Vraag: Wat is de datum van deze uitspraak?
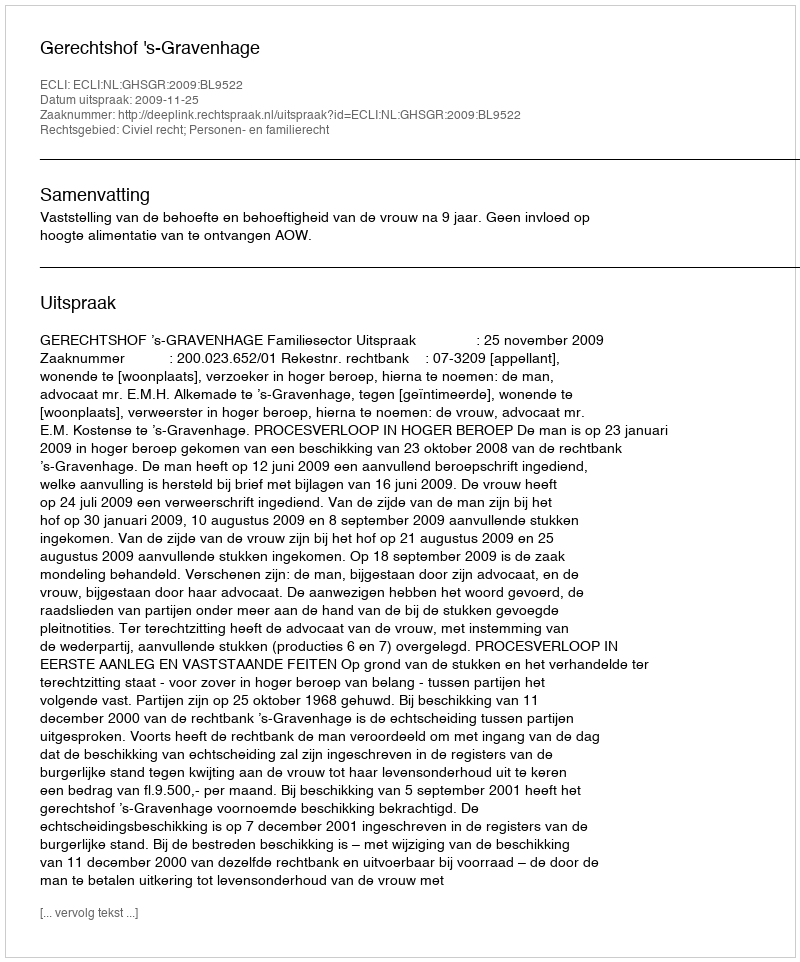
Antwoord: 2009-11-25